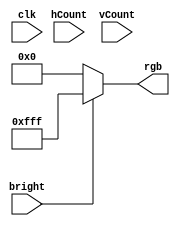
`timescale 1ns / 1ps

module vga_bitchange(
	input clk,
	input bright,
	input [9:0] hCount, vCount,
	output reg [11:0] rgb
   );
	
	parameter BLACK = 12'b0000_0000_0000;
	parameter WHITE = 12'b1111_1111_1111;
	
	always@ (*) begin
    	if (~bright)
		  rgb = BLACK;
	   else 
		  rgb = WHITE;
	end
endmodule